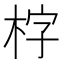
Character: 𣑑